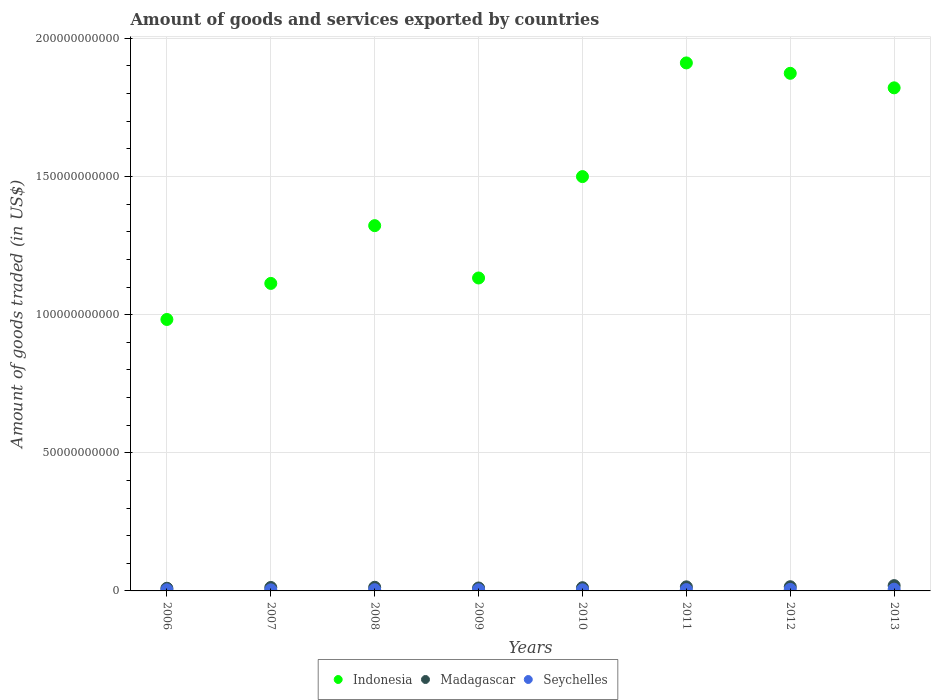
| Years | Indonesia | Madagascar | Seychelles |
 | --- | --- | --- | --- |
 | 2006 | 9.83e+10 | 9.66e+08 | 4.19e+08 |
 | 2007 | 1.11e+11 | 1.25e+09 | 3.98e+08 |
 | 2008 | 1.32e+11 | 1.32e+09 | 4.38e+08 |
 | 2009 | 1.13e+11 | 1.06e+09 | 4.32e+08 |
 | 2010 | 1.5e+11 | 1.17e+09 | 4e+08 |
 | 2011 | 1.91e+11 | 1.47e+09 | 4.77e+08 |
 | 2012 | 1.87e+11 | 1.52e+09 | 5.59e+08 |
 | 2013 | 1.82e+11 | 1.92e+09 | 6.29e+08 |